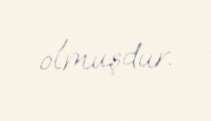
olmuşdur.